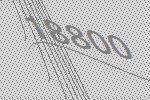
18800